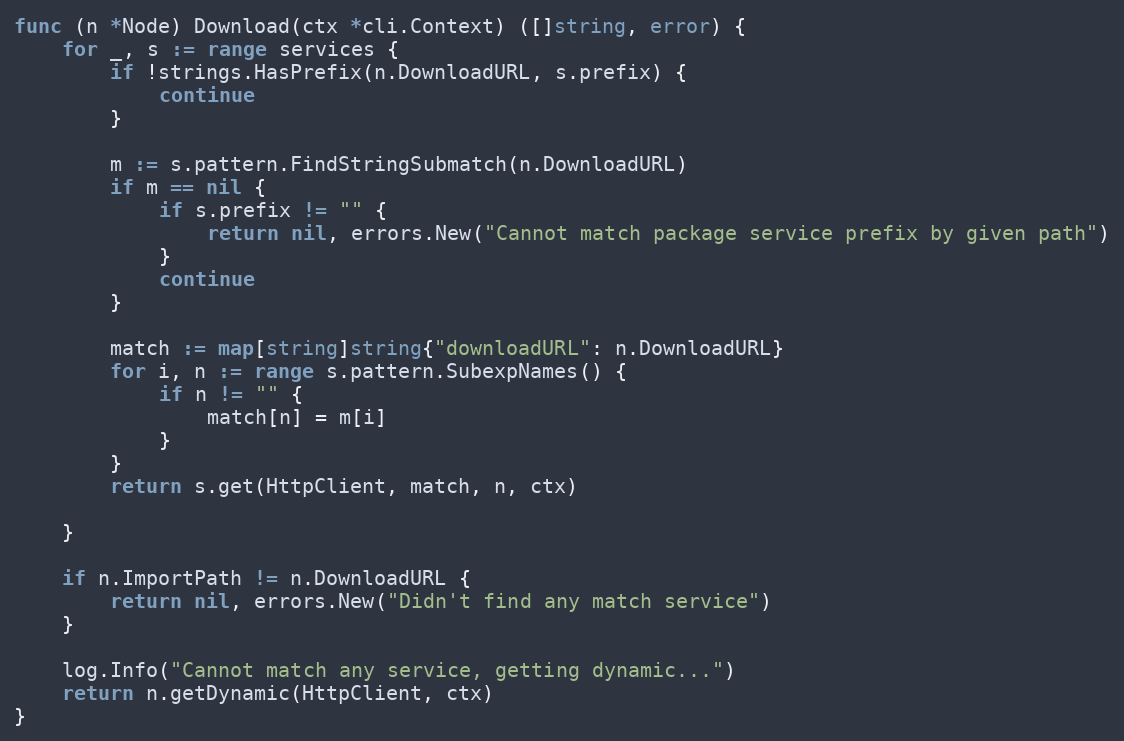
Language: Go
func (n *Node) Download(ctx *cli.Context) ([]string, error) {
	for _, s := range services {
		if !strings.HasPrefix(n.DownloadURL, s.prefix) {
			continue
		}

		m := s.pattern.FindStringSubmatch(n.DownloadURL)
		if m == nil {
			if s.prefix != "" {
				return nil, errors.New("Cannot match package service prefix by given path")
			}
			continue
		}

		match := map[string]string{"downloadURL": n.DownloadURL}
		for i, n := range s.pattern.SubexpNames() {
			if n != "" {
				match[n] = m[i]
			}
		}
		return s.get(HttpClient, match, n, ctx)

	}

	if n.ImportPath != n.DownloadURL {
		return nil, errors.New("Didn't find any match service")
	}

	log.Info("Cannot match any service, getting dynamic...")
	return n.getDynamic(HttpClient, ctx)
}